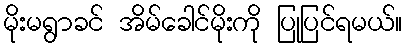
မိုးမရွာခင် အိမ်ခေါင်မိုးကို ပြုပြင်ရမယ်။